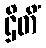
ဌိတိံ